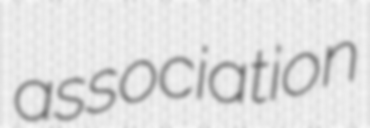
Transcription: association